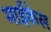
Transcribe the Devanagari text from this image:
माईकेल